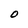
Character: O